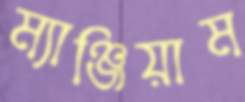
ম্যাঞ্জিয়াম